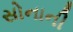
સોનાની